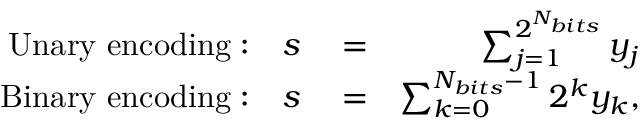
\begin{array} { r l r } { \mathrm { U n a r y \ e n c o d i n g : \quad } s } & { { } = } & { \sum _ { j = 1 } ^ { 2 ^ { N _ { b i t s } } } y _ { j } } \\ { \mathrm { B i n a r y \ e n c o d i n g : \quad } s } & { { } = } & { \sum _ { k = 0 } ^ { N _ { b i t s } - 1 } 2 ^ { k } y _ { k } , } \end{array}